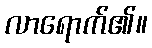
လာရောက်၏။